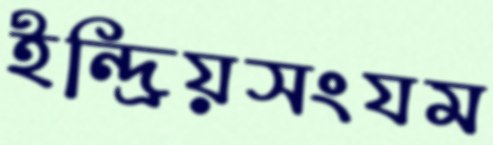
ইন্দ্রিয়সংযম